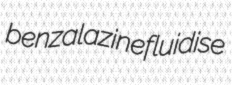
benzalazine fluidise